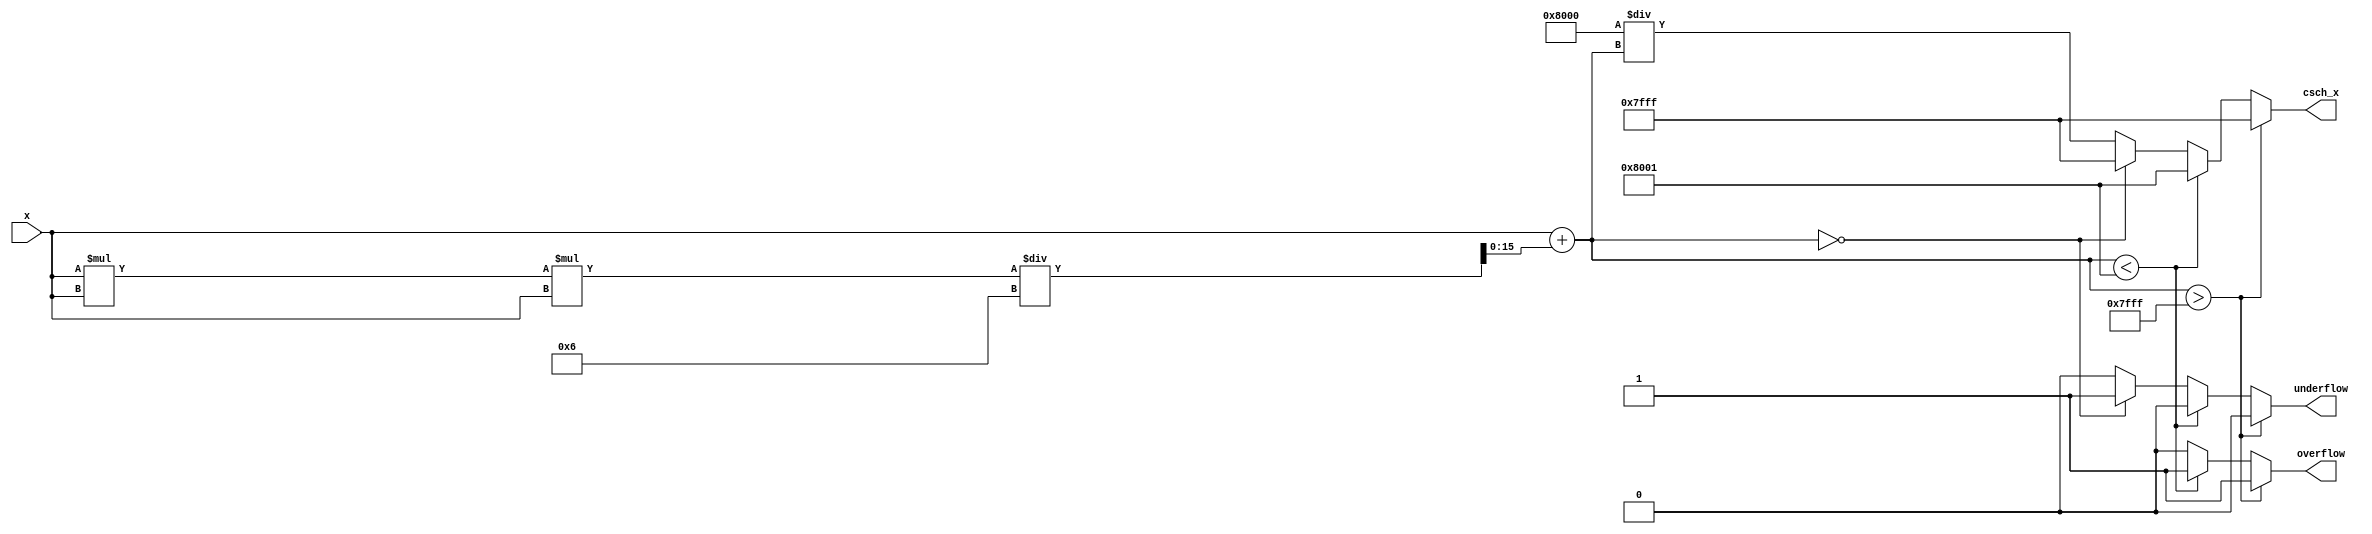
module hyperbolic_cosecant (
    input wire signed [15:0] x,      // Input x (fixed-point representation)
    output reg signed [15:0] csch_x,  // Output csch(x)
    output reg overflow,               // Overflow flag
    output reg underflow               // Underflow flag
);

    // Internal signal for sinh(x)
    wire signed [15:0] sinh_x;
    wire signed [15:0] reciprocal_sinh_x;

    // Compute sinh(x) using a simple polynomial approximation
    function signed [15:0] sinh;
        input signed [15:0] x;
        begin
            // Polynomial approximation: sinh(x)  x + x^3/6
            // Note: This is a simple approximation and may need refinement
            sinh = x + (x * x * x) / 6;
        end
    endfunction

    // Compute reciprocal of sinh(x) using naive division
    function signed [15:0] reciprocal;
        input signed [15:0] value;
        begin
            if (value == 0) begin
                reciprocal = 16'h7FFF; // Define output for csch(0) as infinity
            end else begin
                reciprocal = (16'h0001 << 15) / value; // 1 / sinh(x)
            end
        end
    endfunction

    // Compute sinh(x)
    assign sinh_x = sinh(x);

    // Check for overflow and underflow conditions
    always @(*) begin
        overflow = 0;
        underflow = 0;
        if (sinh_x > 16'h7FFF) begin
            overflow = 1;
            csch_x = 16'h7FFF; // Saturate to max positive value
        end else if (sinh_x < -16'h7FFF) begin
            overflow = 1;
            csch_x = -16'h7FFF; // Saturate to max negative value
        end else if (sinh_x == 0) begin
            underflow = 1;
            csch_x = 16'h7FFF; // Define csch(0) as infinity
        end else begin
            csch_x = reciprocal(sinh_x);
        end
    end

endmodule